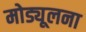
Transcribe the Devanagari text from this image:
मोड्यूलना